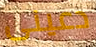
دعينى